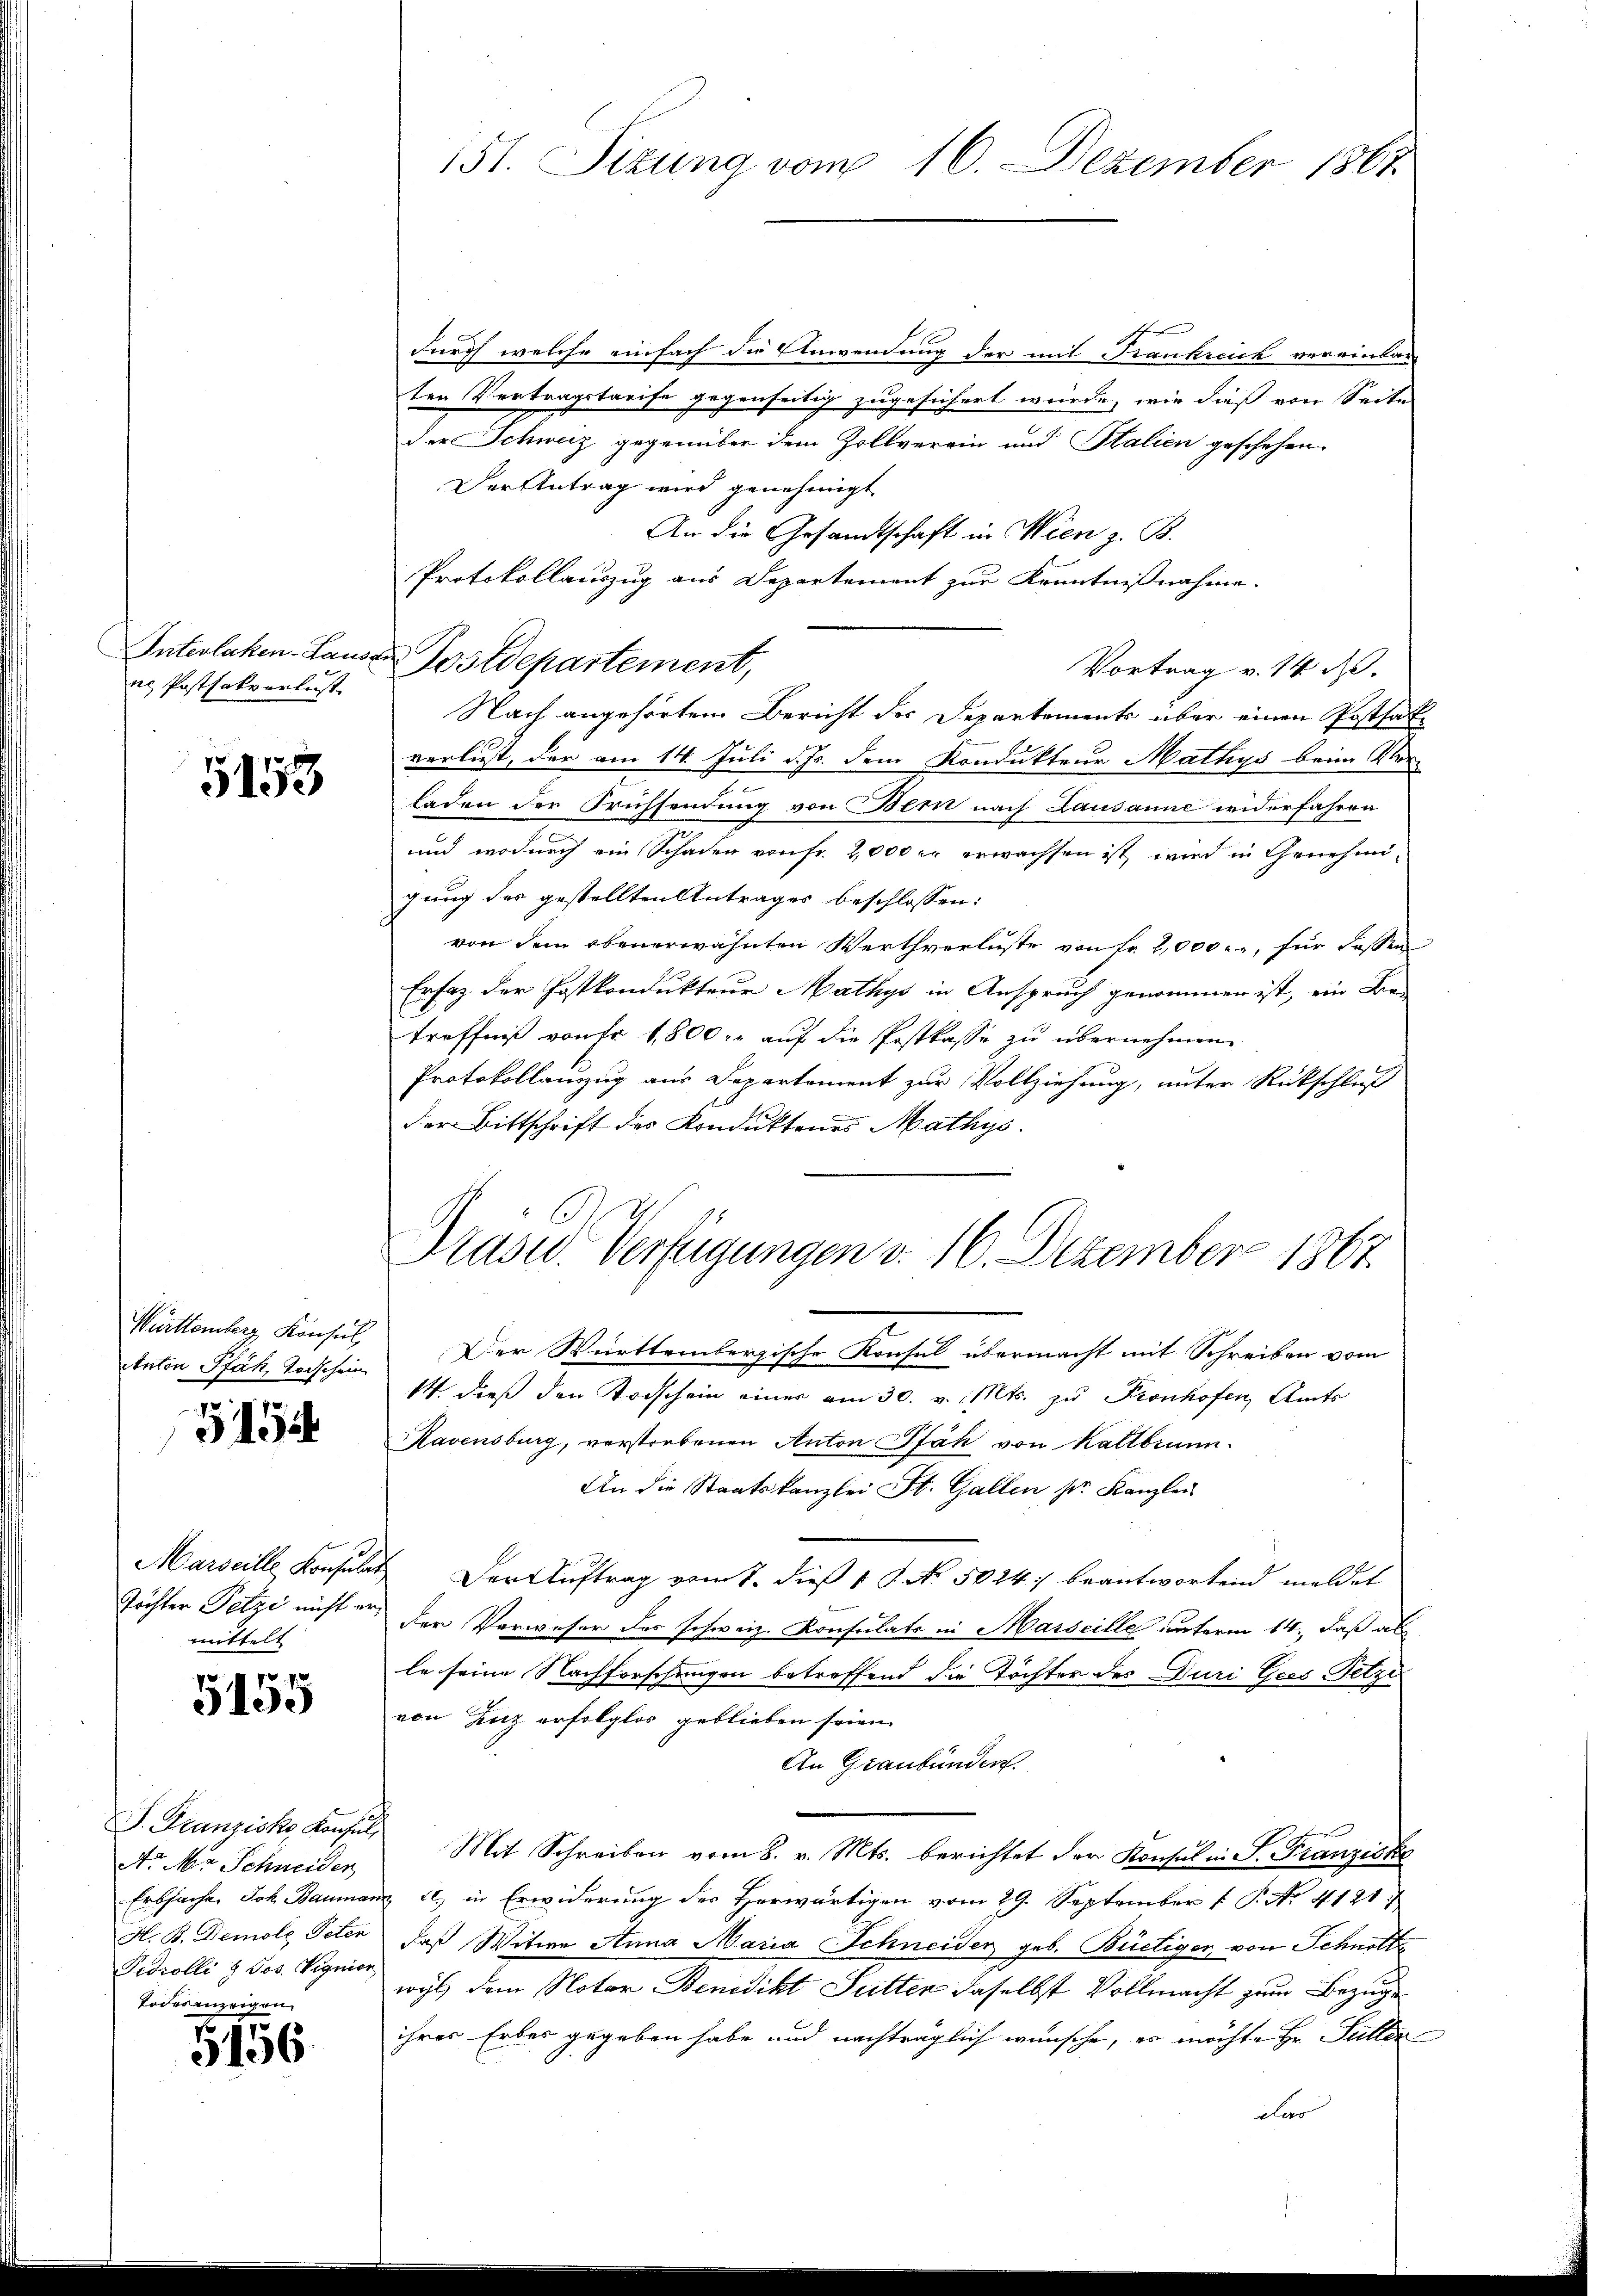
Interlaken-Laus
ne Postsakverlust

5153

Württemberg Konsul
Anton Pfäh, Todschein

5154

Marseille Konsular
Töchter Petze nicht ermittelt

5155

S. Franziska Konsul
Ao Mer Schneiden
Erbsache. Joh. Baumar
H. B. Demole Peten
Fedrolli & Jos. Vignier
Todesanzeigen

5156.

151. Sizung vom 16. Dezember 1861

durch welche einfach die Anwendung der mit Frankreich vereinbarten Vertragstarife gegenseitig zugesichert wurde, wie dieß von Seite
der Schweiz gegenüber dem Zollverein und Stalien geschehen.
Der Antrag wird genehmigt
An die Gesandtschaft in Wien z. B.
Protokollauszug aus Departement zur Kenntnißnahme.
Postdepartement,
Vortrag v. 14. d.
Nach angehörten Bericht der Departements über einen Posthate
verlust, der am 14. Juli d. Js. dem Kondukteur Mathys beim Ver¬
Laden der Fruchsendung von Bern nach Lausanne widerfahren
und wodurch ein Schaden von Fr. 2,000 er erwachsen ist, wird in Genehmigung der gestellten Antrages beschlossen:
von dem obenerwähnten Werthverluste von Fr. 2,000 . ., für dassen
Erfaz der Postkondukteur Mathys in Anspruch genommen ist, ein Be-
treffniß von Fr. 1,800 r. auf die Postkasse zu übernehmen.
Protokollanzug aus Departement zur Vollziehung, unter Rückschluß
der Bittschrift des Konduktenes Mathys
Dräder Verfügungen v. 16. Dezember 1867.
Der Württembergische Konsul übermacht mit Schreiben vom
14. dieß den Todschein einer am 30. v. Mts. zu Pronhofen, Amts
Ravensburg, verstorbenen Anton Pfäh von Kaltbrunn
An die Staatskanzlei St. Gallen sr. Kanzlei
Der Auftrag vom 1. dieß 19. No. 5024 beantwortend meldet
den Verweser des schweiz. Konsulats in Masseille unterm 14., Daß al
le seine Nachforschungen betreffend die Töchter des Duri Gees-Setze
von Enz erfolglos geblieben seien.
An Graubünden.
Mit Schreiben vom 8. v. Mts. berichtet der Konsul in P. Franziske
 Al. in Erwiderung des Herwärtigen vom 29. September 1 P. No. 4121.
daß Witwe Anna Maria Schneider geb. Büetiger von Schnötte
wyl dem Notar Benedikt Sutten daselbst Vollmacht zum Bezug
ihres Erbes gegeben habe und nachträglich wünsche, es möchte Hr. Fulter
dler